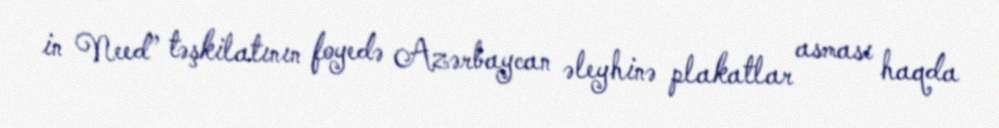
in Need” təşkilatının foyedə Azərbaycan əleyhinə plakatlar asması haqda